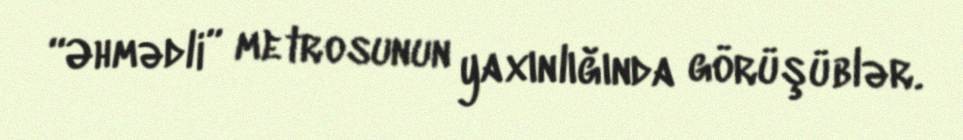
“Əhmədli” metrosunun yaxınlığında görüşüblər.